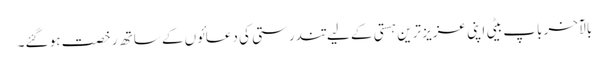
بالآخر باپ بیٹی اپنی عزیز ترین ہستی کے لیے تندرستی کی دعائوں کے ساتھ رخصت ہو گئے۔